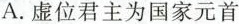
A.虚位君主为国家元首